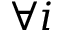
\forall i